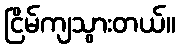
ငြိမ်ကျသွားတယ်။